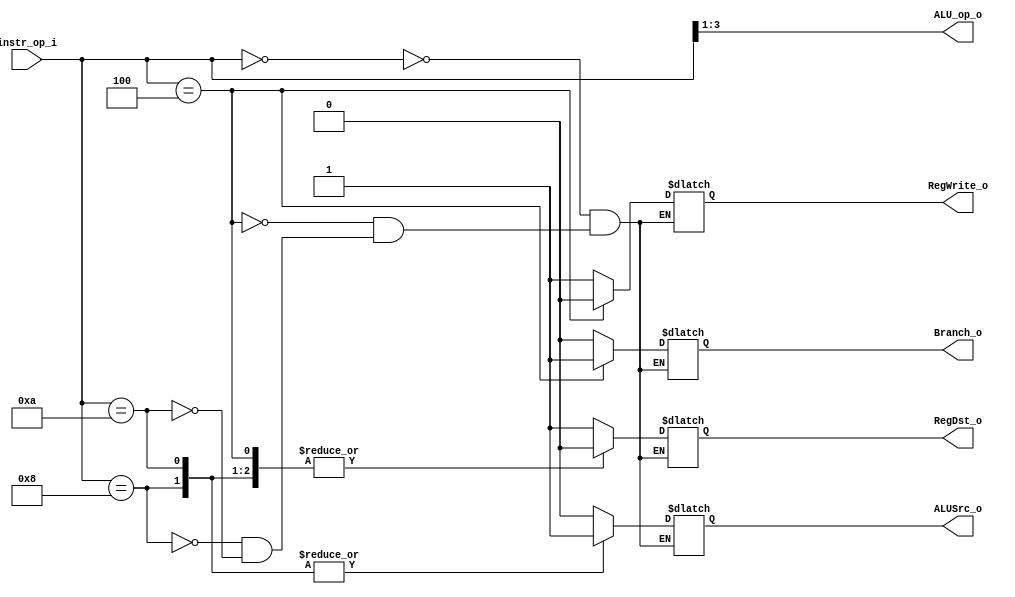
//Subject:     CO project 2 - Decoder
//--------------------------------------------------------------------------------
//Version:     1
//--------------------------------------------------------------------------------
//Writer:      Luke
//----------------------------------------------
//Date:        
//----------------------------------------------
//Description: 
//--------------------------------------------------------------------------------
`timescale 1ns/1ps
module Decoder(
    instr_op_i,
	RegWrite_o,
	ALU_op_o,
	ALUSrc_o,
	RegDst_o,
	Branch_o
	);
     
//I/O ports
input  [6-1:0] instr_op_i;

output         RegWrite_o;
output [3-1:0] ALU_op_o;
output         ALUSrc_o;
output         RegDst_o;
output         Branch_o;
 
//Internal Signals
wire    [3-1:0] ALU_op_o;
reg            ALUSrc_o;
reg            RegWrite_o;
reg            RegDst_o;
reg            Branch_o;

//Parameter

//Main function
assign ALU_op_o[2:0] = instr_op_i[3:1];

always @(ALU_op_o) begin
	case(instr_op_i)
		//R-format
		6'd0: begin
			RegDst_o <= 1;
			RegWrite_o <= 1;
			Branch_o <= 0;
			ALUSrc_o <= 0;
		end
		//branch
		6'd4: begin
			RegDst_o <= 0;
			RegWrite_o <= 0;
			Branch_o <= 1;
			ALUSrc_o <= 0;
		end
		//addi
		6'd8: begin
			RegDst_o <= 0;
			RegWrite_o <= 1;
			Branch_o <= 0;
			ALUSrc_o <= 1;
		end
		//slti
		6'd10: begin
			RegDst_o <= 0;
			RegWrite_o <= 1;			
			Branch_o <= 0;
			ALUSrc_o <= 1;
		end
	endcase
	//$display("ALU_op_o ", ALU_op_o);
end
endmodule